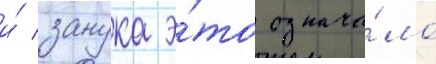
и́ занука э́то означа́ло